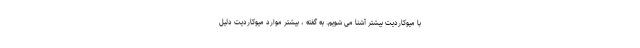
با میوکاردیت بیشتر آشنا می شویم. به گفته ، بیشتر موارد میوکاردیت دلیل